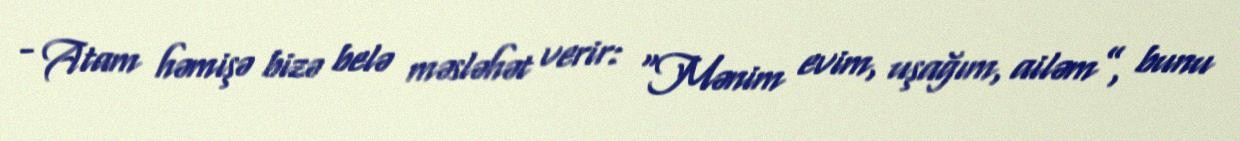
- Atam həmişə bizə belə məsləhət verir: “Mənim evim, uşağım, ailəm”, bunu